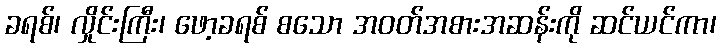
ခရစ်၊ လှိုင်းကြီး၊ ဖော့ခရစ် စသော အဝတ်အစားအဆန်းကို ဆင်ယင်ကာ၊